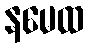
နမေထ